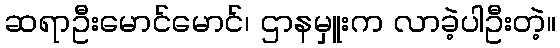
ဆရာဦးမောင်မောင်၊ ဌာနမှူးက လာခဲ့ပါဦးတဲ့။